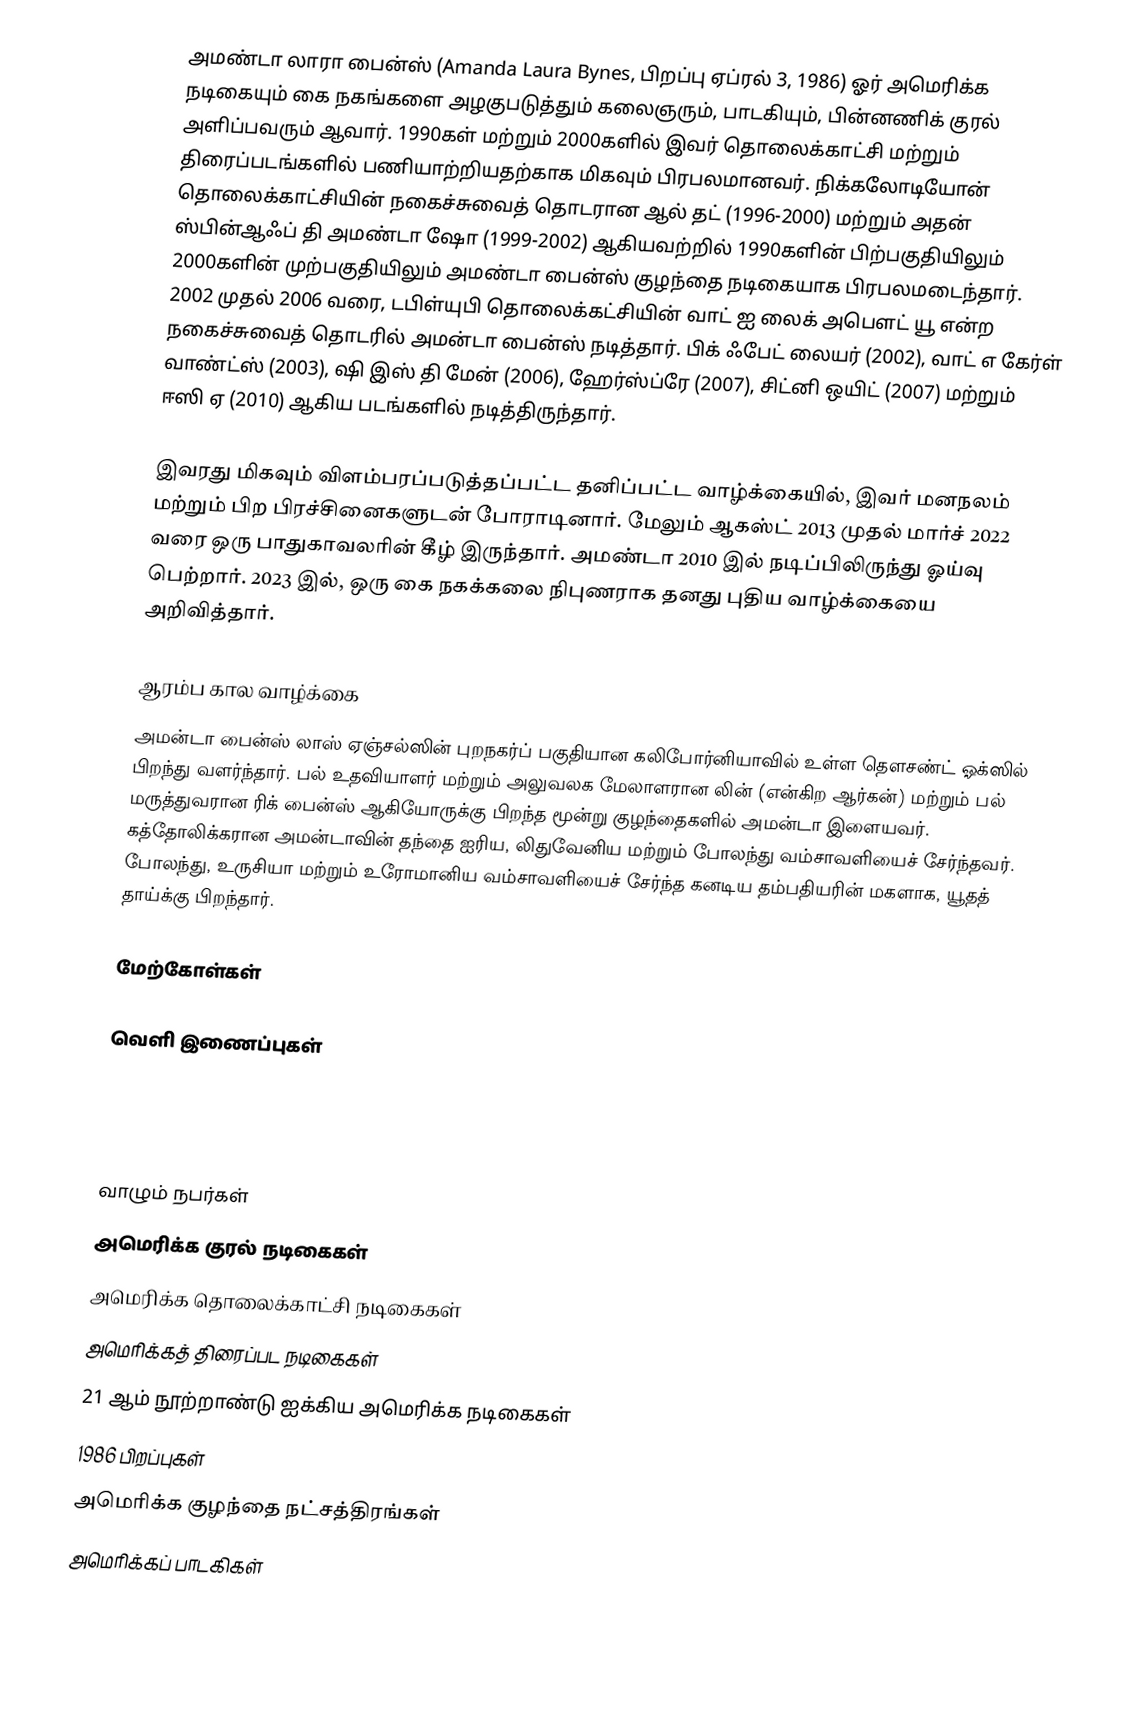
அமண்டா லாரா பைன்ஸ் (Amanda Laura Bynes, பிறப்பு ஏப்ரல் 3, 1986) ஓர் அமெரிக்க நடிகையும் கை நகங்களை அழகுபடுத்தும் கலைஞரும், பாடகியும், பின்னணிக் குரல் அளிப்பவரும் ஆவார். 1990கள் மற்றும் 2000களில் இவர் தொலைக்காட்சி மற்றும் திரைப்படங்களில் பணியாற்றியதற்காக மிகவும் பிரபலமானவர்.  நிக்கலோடியோன் தொலைக்காட்சியின் நகைச்சுவைத் தொடரான ஆல் தட் (1996-2000) மற்றும் அதன் ஸ்பின்ஆஃப் தி அமண்டா ஷோ (1999-2002) ஆகியவற்றில் 1990களின் பிற்பகுதியிலும் 2000களின் முற்பகுதியிலும் அமண்டா பைன்ஸ் குழந்தை நடிகையாக பிரபலமடைந்தார். 2002 முதல் 2006 வரை, டபிள்யுபி தொலைக்கட்சியின் வாட் ஐ லைக் அபௌட் யூ என்ற நகைச்சுவைத் தொடரில் அமன்டா பைன்ஸ் நடித்தார். பிக் ஃபேட் லையர் (2002), வாட் எ கேர்ள் வாண்ட்ஸ் (2003), ஷி இஸ் தி மேன் (2006), ஹேர்ஸ்ப்ரே (2007), சிட்னி ஒயிட் (2007) மற்றும் ஈஸி ஏ (2010) ஆகிய படங்களில் நடித்திருந்தார்.

இவரது மிகவும் விளம்பரப்படுத்தப்பட்ட தனிப்பட்ட வாழ்க்கையில், இவர் மனநலம் மற்றும் பிற பிரச்சினைகளுடன் போராடினார். மேலும் ஆகஸ்ட் 2013 முதல் மார்ச் 2022 வரை ஒரு பாதுகாவலரின் கீழ் இருந்தார்.   அமண்டா 2010 இல் நடிப்பிலிருந்து ஓய்வு பெற்றார்.  2023 இல், ஒரு கை நகக்கலை நிபுணராக தனது புதிய வாழ்க்கையை அறிவித்தார்.

ஆரம்ப கால வாழ்க்கை
அமன்டா பைன்ஸ் லாஸ் ஏஞ்சல்ஸின் புறநகர்ப் பகுதியான கலிபோர்னியாவில் உள்ள தௌசண்ட் ஓக்ஸில் பிறந்து வளர்ந்தார். பல் உதவியாளர் மற்றும் அலுவலக மேலாளரான லின் (என்கிற ஆர்கன்) மற்றும் பல் மருத்துவரான ரிக் பைன்ஸ் ஆகியோருக்கு பிறந்த மூன்று குழந்தைகளில் அமன்டா இளையவர். கத்தோலிக்கரான அமன்டாவின் தந்தை ஐரிய, லிதுவேனிய மற்றும் போலந்து வம்சாவளியைச் சேர்ந்தவர்.  போலந்து, உருசியா மற்றும் உரோமானிய வம்சாவளியைச் சேர்ந்த கனடிய தம்பதியரின் மகளாக, யூதத் தாய்க்கு பிறந்தார்.

மேற்கோள்கள்

வெளி இணைப்புகள்

வாழும் நபர்கள்
அமெரிக்க குரல் நடிகைகள்
அமெரிக்க தொலைக்காட்சி நடிகைகள்
அமெரிக்கத் திரைப்பட நடிகைகள்
21 ஆம் நூற்றாண்டு ஐக்கிய அமெரிக்க நடிகைகள்
1986 பிறப்புகள்
அமெரிக்க குழந்தை நட்சத்திரங்கள்
அமெரிக்கப் பாடகிகள்